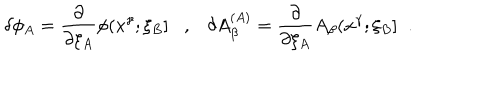
\delta \phi _ { A } = \frac { \partial } { \partial \xi _ { A } } \phi ( x ^ { \gamma } ; \xi _ { B } ] , \delta A _ { \beta } ^ { ( A ) } = \frac { \partial } { \partial \xi _ { A } } A _ { \beta } ( x ^ { \gamma } ; \xi _ { B } ] \; \; .